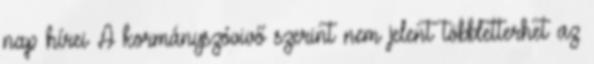
nap hírei A kormányszóvivő szerint nem jelent többletterhet az